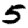
Digit: 5